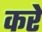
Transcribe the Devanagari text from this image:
करेे